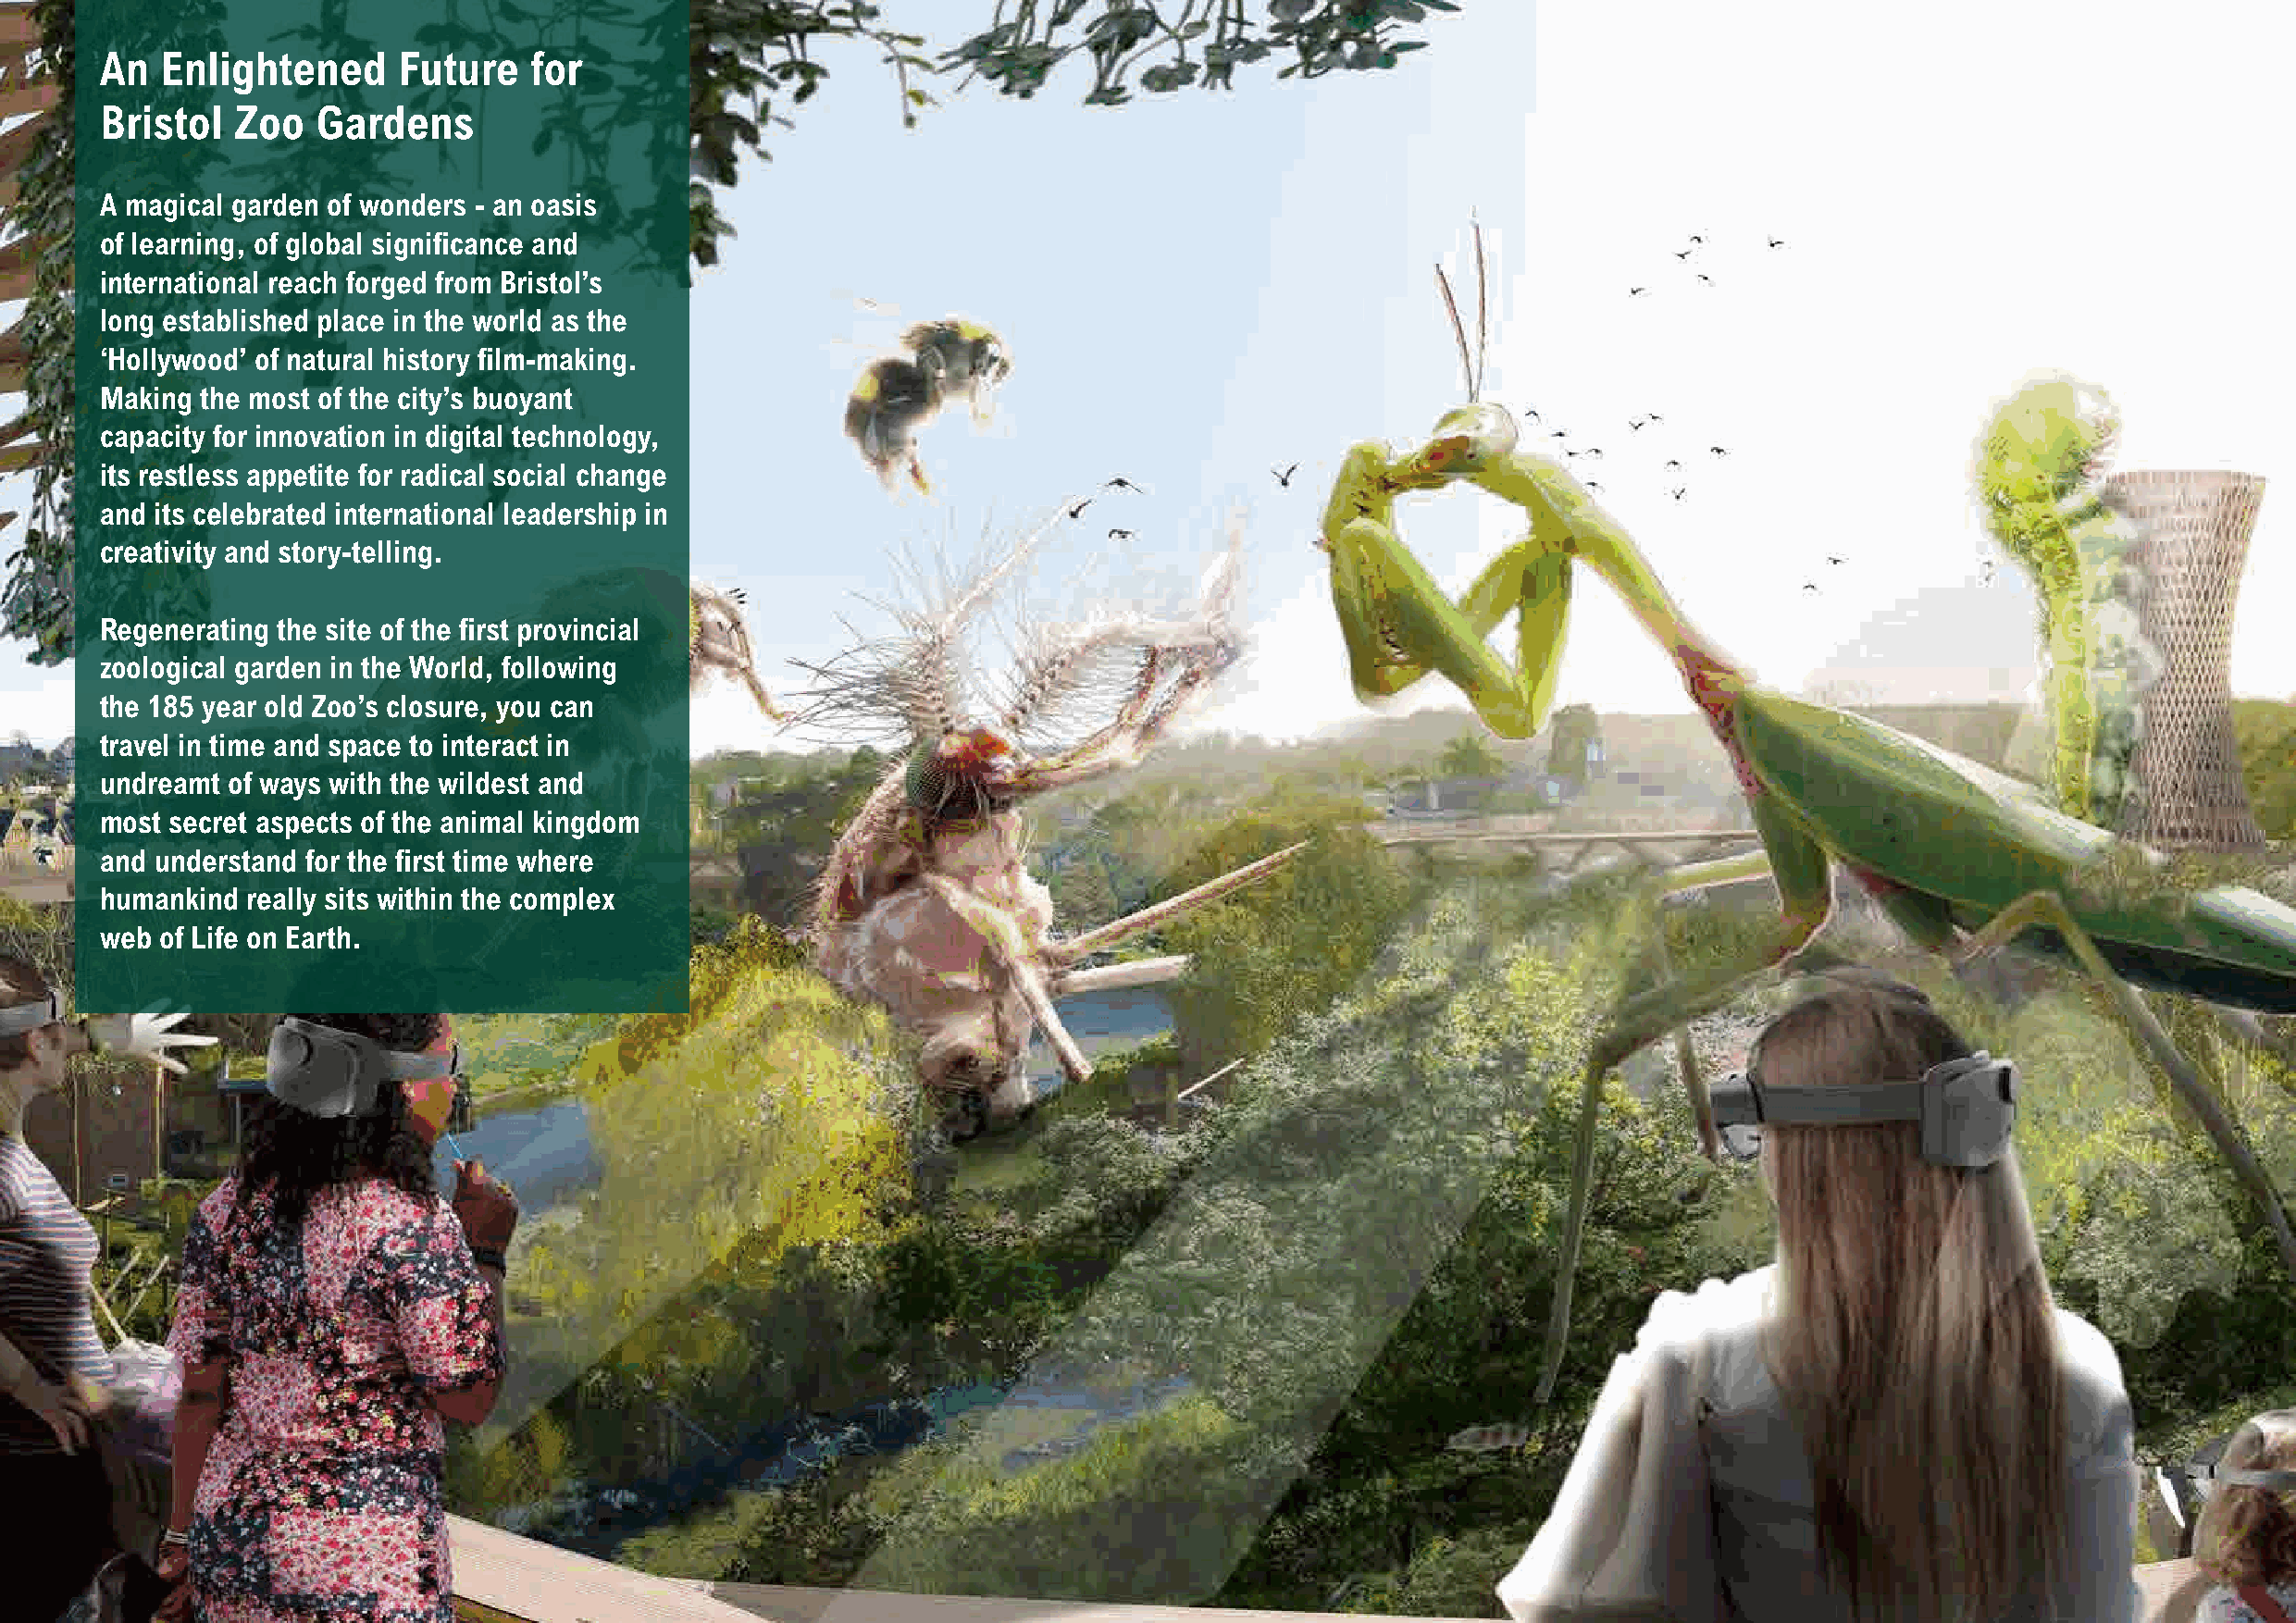
An  Enlightened      Future    for
 CHBAPTrERi sEADtIoNG l/ SEZCToIONo Gardens                                                                                                 OUR WORLD BRISTOL
 A magical garden of wonders - an oasis
 of learning, of global significance and
 international reach forged from Bristol’s
 long established place in the world as the
 ‘Hollywood’ of natural history film-making.
 Making the most of the city’s buoyant
 capacity for innovation in digital technology,
 its restless appetite for radical social change
 and its celebrated international leadership in
 creativity and story-telling.
 Regenerating the site of the first provincial
 zoological garden in the World, following
 the 185 year old Zoo’s closure, you can
 travel in time and space to interact in
 undreamt of ways with the wildest and
 most secret aspects of the animal kingdom
 and understand for the first time where
 humankind  really sits within the complex
 web of Life on Earth.
 b                                                                                                                                                       c